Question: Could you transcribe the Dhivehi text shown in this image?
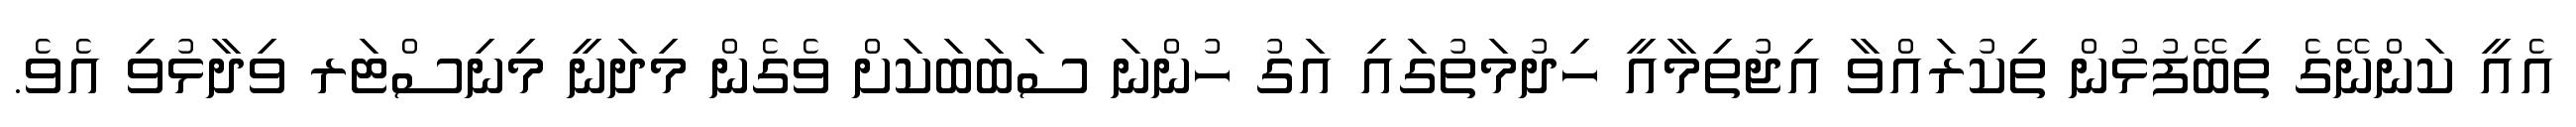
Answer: އެއީ ކަންނޭގެ ތިބޭފުޅުން ތިކުރައްވާ އިޖުތިމާއީ ހިދުމަތުގައި އަގު ހުންނަ ސަބަބަކަށް ވެގެން މިދަނީ މިނިސްޓަރ ވިދާޅުވި އެވެ.